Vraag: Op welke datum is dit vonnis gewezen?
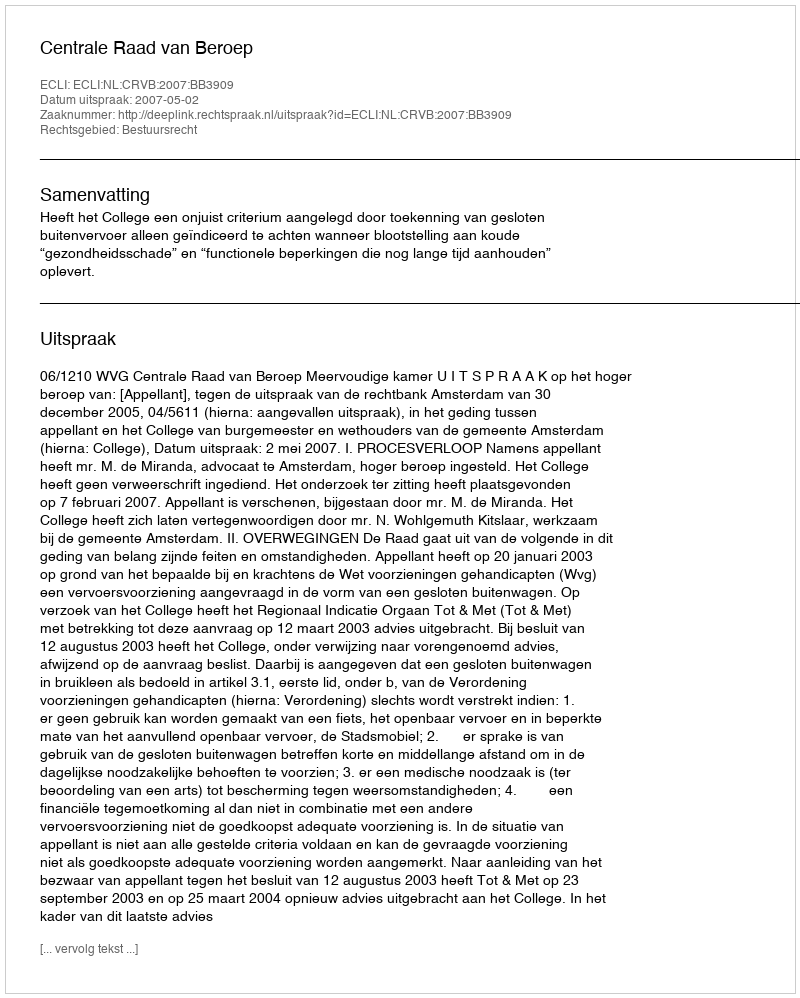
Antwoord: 2007-05-02